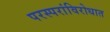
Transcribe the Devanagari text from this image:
परस्परांविरोधात